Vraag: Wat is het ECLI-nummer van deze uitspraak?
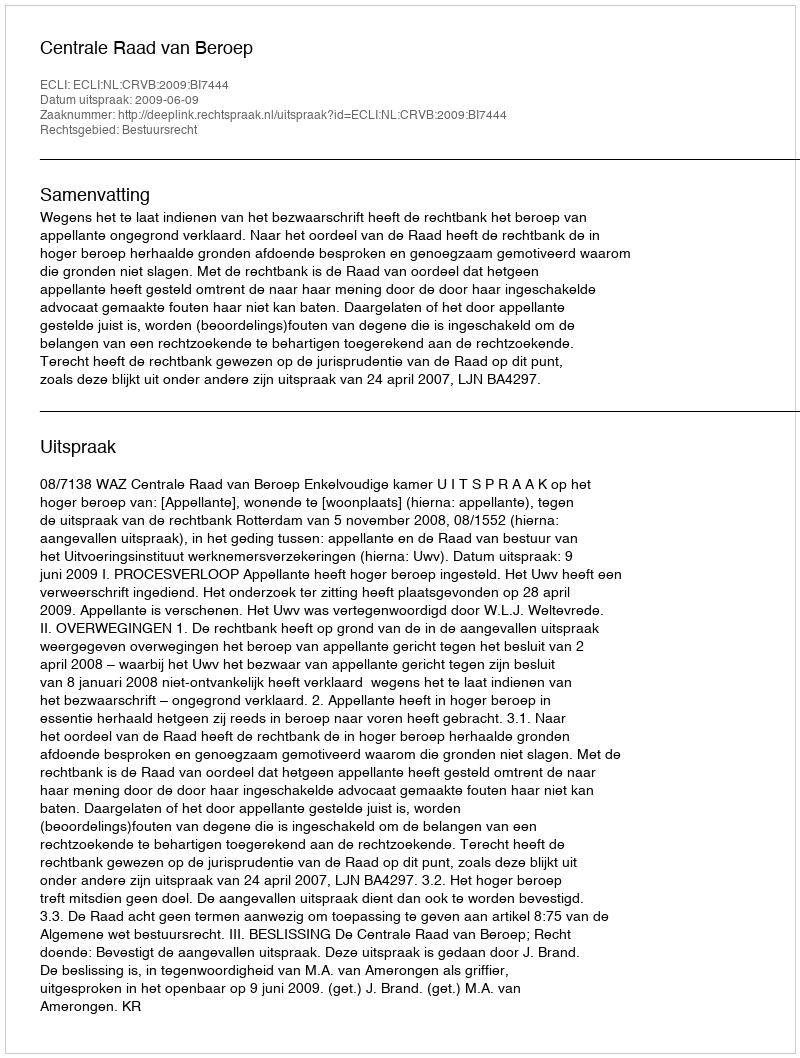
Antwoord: ECLI:NL:CRVB:2009:BI7444